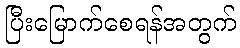
ပြီးမြောက်စေရန်အတွက်